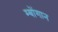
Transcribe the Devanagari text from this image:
म्बोंगान